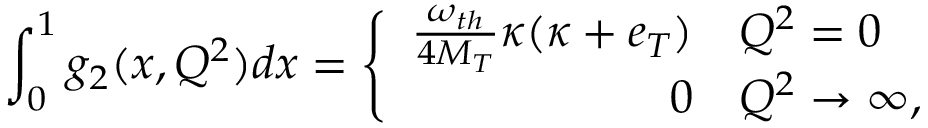
\int _ { 0 } ^ { 1 } g _ { 2 } ( x , Q ^ { 2 } ) d x = \left\{ \begin{array} { r l } { { \frac { \omega _ { t h } } { 4 M _ { T } } \kappa ( \kappa + e _ { T } ) } } & { { Q ^ { 2 } = 0 } } \\ { { 0 } } & { { Q ^ { 2 } \to \infty , } } \end{array} \right.